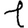
Digit: 1